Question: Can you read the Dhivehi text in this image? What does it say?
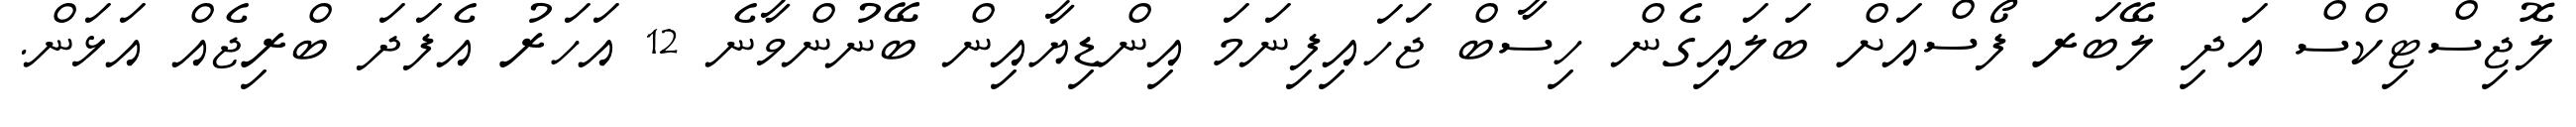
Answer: ލޮޖިސްޓިކްސް އަދި ލޭބަރ ފޯސްއަށް ބަލައިގެން ހިސާބް ޖަހައިފިނަމަ އިންޑިޔާއިން ބޭނުންވާނެ 12 އަހަރު އެފަދަ ބްރިޖެއް އަޅަން.